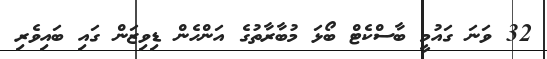
32 ވަނަ ގައުމީ ބާސްކެޓް ބޯޅަ މުބާރާތުގެ އަންހެން ޑިވިޒަން ގައި ބައިވެރި